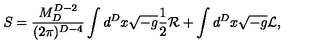
S = { \frac { M _ { D } ^ { D - 2 } } { ( 2 \pi ) ^ { D - 4 } } } \int d ^ { D } x \sqrt { - g } { \frac { 1 } { 2 } } { \cal R } + \int d ^ { D } x \sqrt { - g } { \cal L } ,